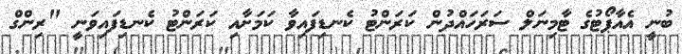
ބުނީ އެއާޕޯޓުގެ ޓާމިނަލް ސަރަހައްދުން ކަރަންޓު ކެނޑިފައިވާ ކަމަށާއި ކަރަންޓު ކެނޑިފައިވަނީ "ރިންގް